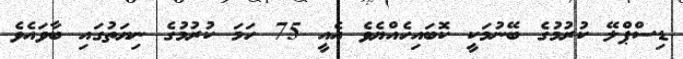
ޑިސްޕްލޭ ކުރުމުގެ ބޭނުމަކީ ކޮބައިހެއްޔެވެ އެއީ 75 ހަމަ ކުރުމުގެ ނިޔަތުގައި ބާވައެވެ